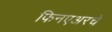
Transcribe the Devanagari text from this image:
फिनएअरचे